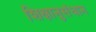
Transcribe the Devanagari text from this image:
शिक्षानुसंधान